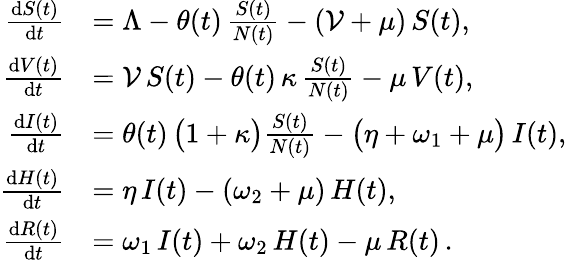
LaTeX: \begin{array}{rl}{\frac{\mathrm{d}S(t)}{\mathrm{d}t}}&{=\Lambda-\theta(t)\, \frac{S(t)}{N(t)}-(\mathcal{V}+\mu)\, S(t),}\\ {\frac{\mathrm{d}V(t)}{\mathrm{d}t}}&{=\mathcal{V}\, S(t)-\theta(t)\, \kappa\, \frac{S(t)}{N(t)}-\mu\, V(t),}\\ {\frac{\mathrm{d}I(t)}{\mathrm{d}t}}&{=\theta(t)\, \bigl(1+\kappa\bigr)\frac{S(t)}{N(t)}-\bigl(\eta+\omega_{1}+\mu\bigr)\, I(t),}\\ {\frac{\mathrm{d}H(t)}{\mathrm{d}t}}&{=\eta\, I(t)-(\omega_{2}+\mu)\, H(t),}\\ {\frac{\mathrm{d}R(t)}{\mathrm{d}t}}&{=\omega_{1}\, I(t)+\omega_{2}\, H(t)-\mu\, R(t)\, .}\end{array}